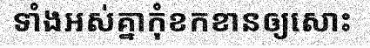
ទាំងអស់គ្នាកុំខកខានឲ្យសោះ